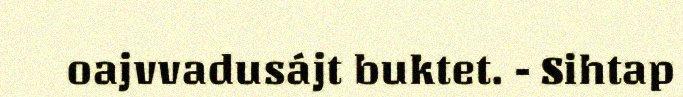
oajvvadusájt buktet. - Sihtap